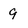
Character: 9